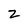
Character: 2